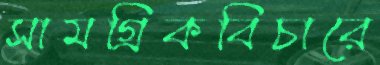
সামগ্রিকবিচারে